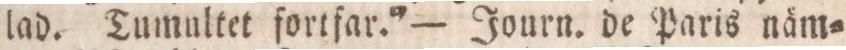
lad. Tumultet fortfar.” — Journ. de Paris näm=